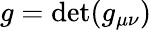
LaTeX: {g}=\operatorname*{det}({g}_{\mu\nu})